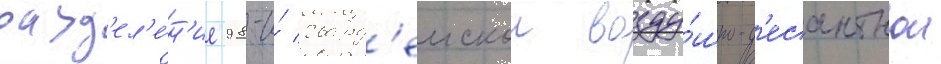
разд'ел'е́н'ие 98-и́ гвард'еискои возду́шно-д'есантнои